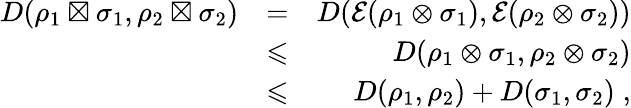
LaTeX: \begin{array}{rlr}{D(\rho_{1}\boxtimes\sigma_{1},\rho_{2}\boxtimes\sigma_{2})}&{=}&{D(\mathcal{E}(\rho_{1}\otimes\sigma_{1}),\mathcal{E}(\rho_{2}\otimes\sigma_{2}))}\\ &{\leqslant}&{D(\rho_{1}\otimes\sigma_{1},\rho_{2}\otimes\sigma_{2})}\\ &{\leqslant}&{D(\rho_{1},\rho_{2})+D(\sigma_{1},\sigma_{2})\; ,}\end{array}